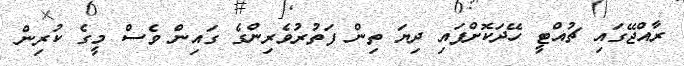
ރާއްޖޭގައި ޗުއްޓީ ހޭދަކޮށްފައި ދިޔަ ތިން ފަތުރުވެރިންގެ ގައިން ވެސް މީގެ ކުރިން